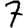
Digit: 7